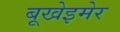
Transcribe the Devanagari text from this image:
बूखेइमेर